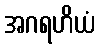
အဂရဟိယံ